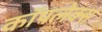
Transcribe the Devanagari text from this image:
कॉपलेक्स